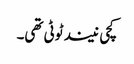
کچی نیند ٹوٹی تھی۔